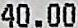
40.00